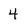
Character: 4